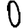
Digit: 0